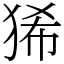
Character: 狶